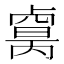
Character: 𠨈